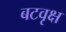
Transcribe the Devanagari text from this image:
बटवृक्ष